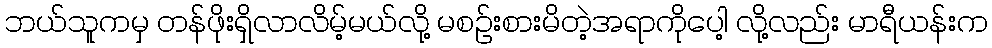
ဘယ်သူကမှ တန်ဖိုးရှိလာလိမ့်မယ်လို့ မစဉ်းစားမိတဲ့အရာကိုပေါ့ လို့လည်း မာရီယန်းက